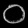
Digit: ၀